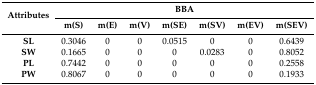
| <ROWSPAN=2> Attributes | <COLSPAN=7> BBA |
 | m(S) | m(E) | m(V) | m(SE) | m(SV) | m(EV) | m(SEV) |
 | --- | --- | --- | --- | --- | --- | --- | --- |
 | SL | 0.3046 | 0 | 0 | 0.0515 | 0 | 0 | 0.6439 |
 | SW | 0.1665 | 0 | 0 | 0 | 0.0283 | 0 | 0.8052 |
 | PL | 0.7442 | 0 | 0 | 0 | 0 | 0 | 0.2558 |
 | PW | 0.8067 | 0 | 0 | 0 | 0 | 0 | 0.1933 |